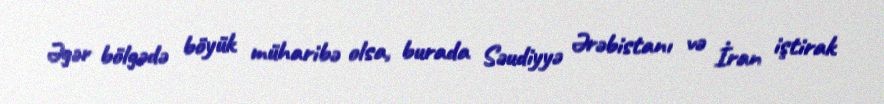
Əgər bölgədə böyük müharibə olsa, burada Səudiyyə Ərəbistanı və İran iştirak